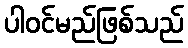
ပါဝင်မည်ဖြစ်သည်